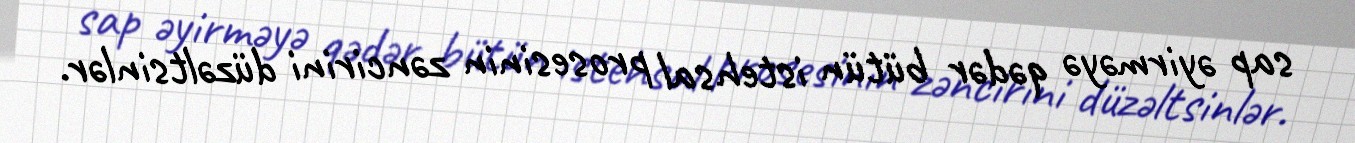
sap əyirməyə qədər bütün istehsal prosesinin zəncirini düzəltsinlər.